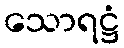
သောရဋ္ဌံ